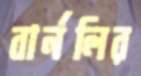
বার্নলির